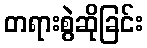
တရားစွဲဆိုခြင်း